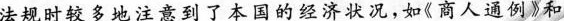
法规时较多地注意到了本国的经济状况，如《商人通例》和